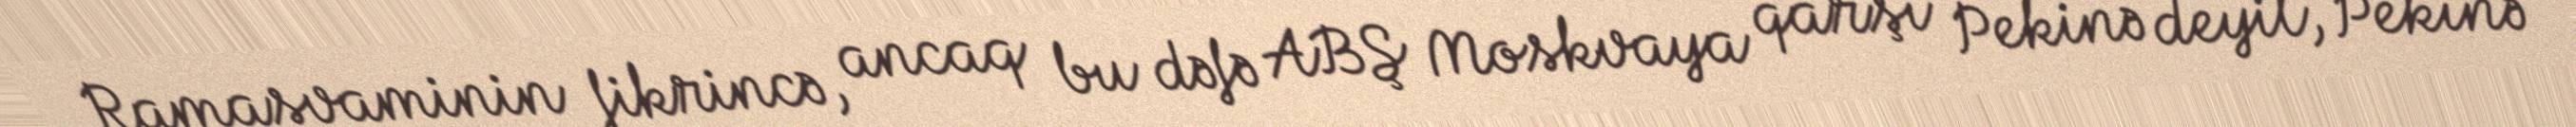
Ramasvaminin fikrincə, ancaq bu dəfə ABŞ Moskvaya qarşı Pekinə deyil, Pekinə